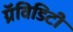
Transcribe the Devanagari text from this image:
ग्रॅविडिटी